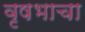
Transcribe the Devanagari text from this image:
वृषभाचा